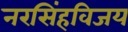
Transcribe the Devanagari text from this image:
नरसिंहविजय